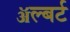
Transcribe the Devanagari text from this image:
ॲल्बर्ट